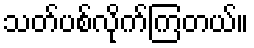
သတ်ပစ်လိုက်ကြတယ်။